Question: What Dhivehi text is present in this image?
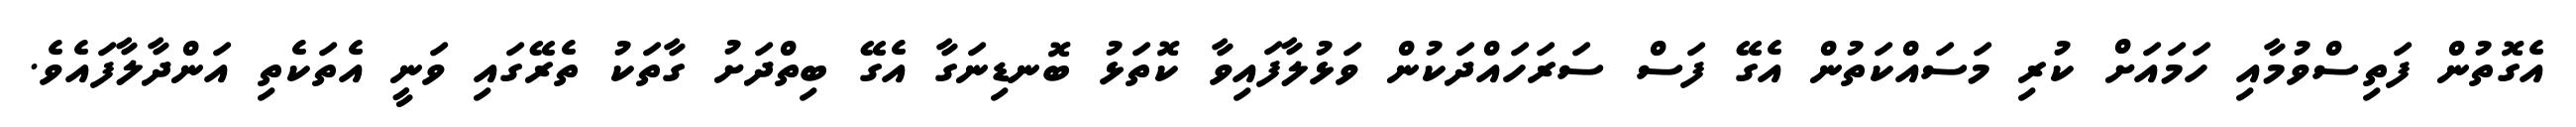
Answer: އެގޮތުން ފަތިސްވުމާއި ހަމައަށް ކުރި މަސައްކަތުން އެގޭ ފަސް ސަރަހައްދަކުން ވަޅުލާފައިވާ ކޮތަޅު ބޮނޑިނަގާ އެގޭ ބިތްދަށު ގާތަކު ތެރޭގައި ވަނީ އެތަކެތި އަންދާލާފައެވެ.